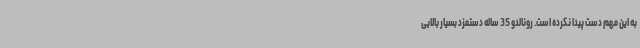
به این مهم دست پیدا نکرده است. رونالدو 35 ساله دستمزد بسیار بالایی